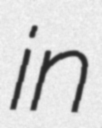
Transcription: in